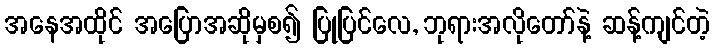
အနေအထိုင် အပြောအဆိုမှစ၍ ပြုပြင်လေ, ဘုရားအလိုတော်နဲ့ ဆန့်ကျင်တဲ့